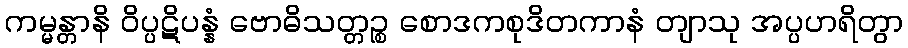
ကမ္မန္တာနိ ဝိပ္ပဋိပန္နံ ဗောဓိသတ္တဉ္စ စောဒကစုဒိတကာနံ တျာသု အပ္ပဟရိတွာ